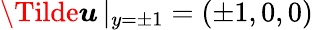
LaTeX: \boldsymbol{\Tilde{u}}\, |_{y=\pm 1}=(\pm 1,0,0)